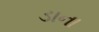
ડાના